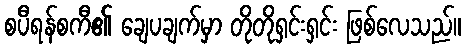
စပီရန်စကီ၏ ချေပချက်မှာ တိုတိုရှင်းရှင်း ဖြစ်လေသည်။